Annual report of the Central Committee of the Association together with the report of the directors of the Pasteur Institute at Kasauli
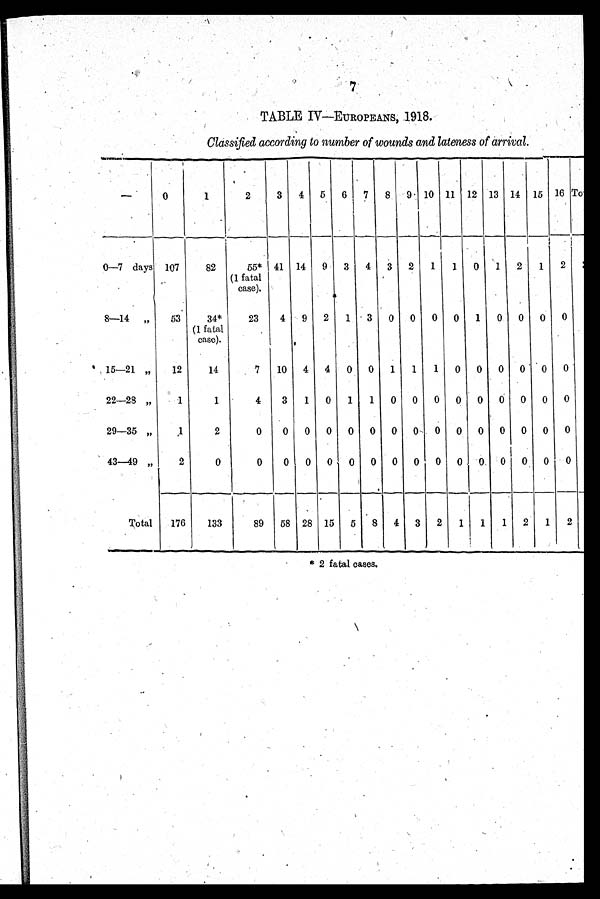
7
TABLE IV—EUROPEANS, 1918.
Classified according to number of wounds and lateness of arrival .
—
0
1
2
3
4 5
6
7
8
9 10 11 12 13 14 15
1 6
T o
0—7 days 107
82
55*
(1 fatal
case).
41 14
9
3
4
3
2
1
1
0
1
2
1
2
8—14 „
53
34*
(1 fatal
ease).
23
4
9
2
1
3
0
0
0
0
1
0
0
0
0
15—21 „
12
14
7
10 4
4
0 0
1
1
1
0
0
0 0
0
0
22—28 „
1
1
4
3
1
0
1
1
0
0
0
0
0
0
0
0
0
29—35 „
1
2
0
0
0
0
0
0
0 0
0
0
0
0 0
0
0
43—49 „
2
0
0
0
0
0
0
0
0
0
0
0
0
0 0
0
Total
176
133
89
58 28 15
5
8
4
3
2
1
1
1
2
1
2
* 2 fatal cases.